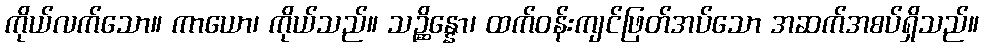
ကိုယ်လက်သော။ ကာယော၊ ကိုယ်သည်။ သဉ္ဆိန္နော၊ ထက်ဝန်းကျင်ဖြတ်အပ်သော အဆက်အစပ်ရှိသည်။